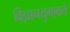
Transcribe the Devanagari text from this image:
विज्ञानयुगाकडे